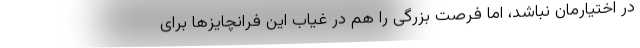
در اختیارمان نباشد، اما فرصت بزرگی را هم در غیاب این فرانچایزها برای